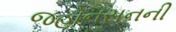
જહોનસનની